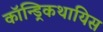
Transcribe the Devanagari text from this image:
कॉन्ड्रिकथायिस